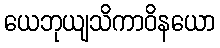
ယေဘုယျသိကာဝိနယော